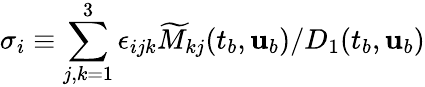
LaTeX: \sigma_{i}\equiv{\sum_{j,k=1}^{3}\epsilon_{ijk}\widetilde{M}_{kj}(t_{b},{\mathbf{u}}_{b})}/{D_{1}(t_{b},{\mathbf{u}}_{b})}